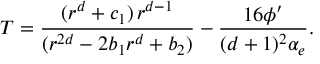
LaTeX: T = { \frac { ( r ^ { d } + c _ { 1 } ) \, r ^ { d - 1 } } { ( r ^ { 2 d } - 2 b _ { 1 } r ^ { d } + b _ { 2 } ) } } - { \frac { 1 6 \phi ^ { \prime } } { ( d + 1 ) ^ { 2 } \alpha _ { e } } } .